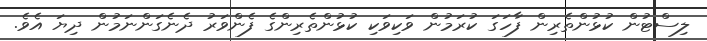
ލިސްޓުން ކުޅުންތެރިން ފާހަގަ ކުރަމުން ވަކިވަކި ކުޅުންތެރިންގެ ފެންވަރު ދެނެގަންނަމުން ދިޔަ އެވެ.